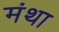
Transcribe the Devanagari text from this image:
मंथा